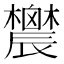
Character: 𨑋